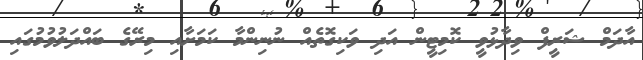
އާދަމް ޝަރީފް ވިދާޅުވީ ކޮމިޓީން އަދި ވަކިގޮތެއް ނުނިންމާ ކަމަށާއި މިރޭގެ ބައްދަލުވުމުގައި